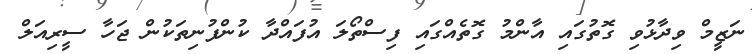
ނަޒީމް ވިދާޅުވި ގޮތުގައި އާންމު ގޮތެއްގައި ފިސްތޯލަ އުފައްދާ ކުންފުނިތަކުން ޖަހާ ސީރިއަލް